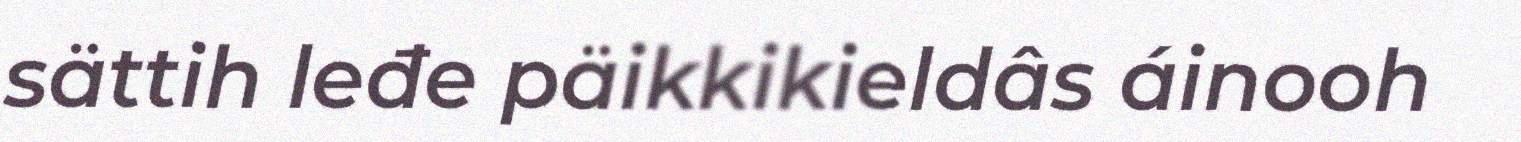
sättih leđe päikkikieldâs áinooh